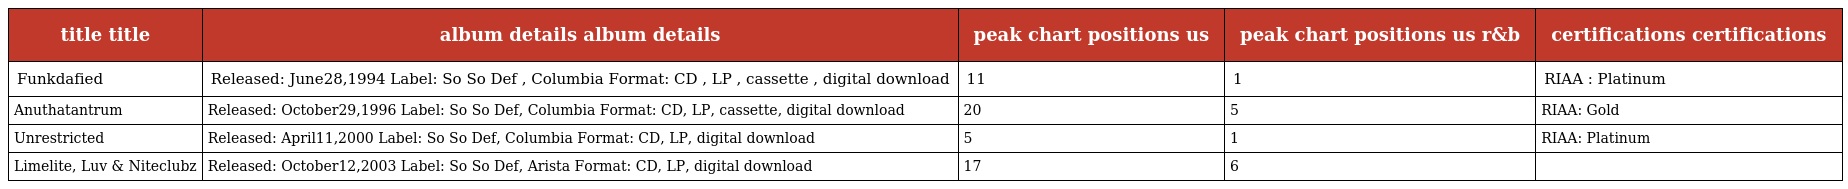
| title title | album details album details | peak chart positions us | peak chart positions us r&b | certifications certifications |
 | --- | --- | --- | --- | --- |
 | Funkdafied | Released: June28,1994 Label: So So Def , Columbia Format: CD , LP , cassette , digital download | 11 | 1 | RIAA : Platinum |
 | Anuthatantrum | Released: October29,1996 Label: So So Def, Columbia Format: CD, LP, cassette, digital download | 20 | 5 | RIAA: Gold |
 | Unrestricted | Released: April11,2000 Label: So So Def, Columbia Format: CD, LP, digital download | 5 | 1 | RIAA: Platinum |
 | Limelite, Luv & Niteclubz | Released: October12,2003 Label: So So Def, Arista Format: CD, LP, digital download | 17 | 6 |  |